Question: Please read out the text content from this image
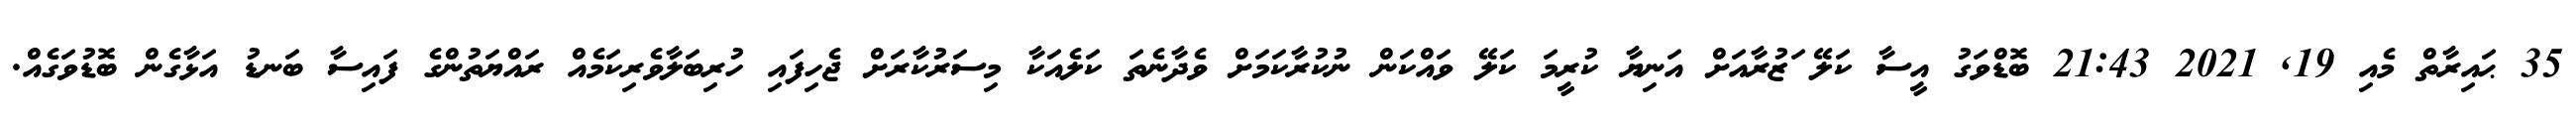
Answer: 35 ޙައިރާތް މެއި 19, 2021 21:43 ބޮޑްވަގު އީސާ ކަލޭ ަޒުރާއަށް އަނިޔާ ކުރީމަ ކަލޭ ވައްކަން ނުކުރާކަމަށް ވެދާނެތަ ކަލެއަކާ މިސަރުކާރަށް ޖެހިފައި ހުރިބަލާވެރިކަމެއް ރައްޔަތުންގެ ފައިސާ ބަނޑު އަޅާގެން ބޮޑުވަގެއް.